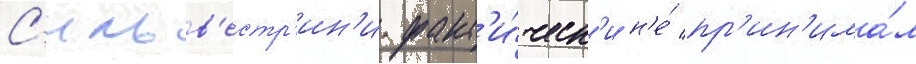
С'ильв'естр'ин'и факт'и́ческ'и н'е́ пр'ин'има́л